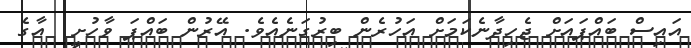
އައިސް ބައްޕައަށް ޖެހިދާނެކަމަށް އަހުރެން ބިރުގަނެއެވެ. އޭރުން ބައްޕަ ވާހުށީ  އާގެ